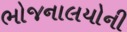
ભોજનાલયોની